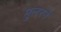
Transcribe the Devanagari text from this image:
मुलरने